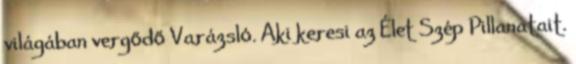
világában vergődő Varázsló. Aki keresi az Élet Szép Pillanatait.